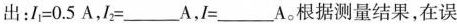
出：$$I_{1}=0.5A$$，$$I_{2}=___A$$，$$I=___A$$。根据测量结果，在误